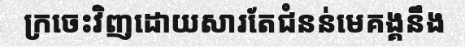
ក្រចេះវិញដោយសារតែជំនន់មេគង្គនឹង